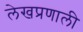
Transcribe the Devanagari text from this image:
लेखप्रणाली